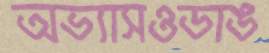
অভ্যাসওডাঙ